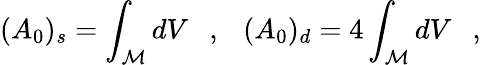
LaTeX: (A_{0})_{s}=\int_{\cal M}dV~~~,~~~(A_{0})_{d}=4\int_{\cal M}dV~~~,